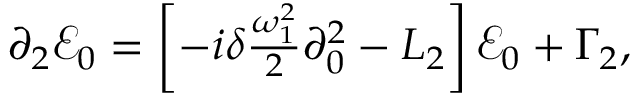
\begin{array} { r } { \partial _ { 2 } \mathcal { E } _ { 0 } = \left[ - i \delta \frac { \omega _ { 1 } ^ { 2 } } { 2 } \partial _ { 0 } ^ { 2 } - L _ { 2 } \right] \mathcal { E } _ { 0 } + \Gamma _ { 2 } , } \end{array}